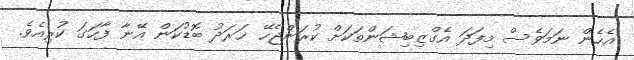
އެހެން ނަމަވެސް މިފަދަ އެގްޒިބިޝަންތަކަށް ކުރަންޖެހޭ ޚަރަދު ބޮޑުކަން އޭނާ ފާހަގަ ކުރިއެވެ.